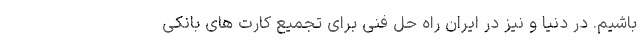
باشیم. در دنیا و نیز در ایران راه حل فنی برای تجمیع کارت های بانکی